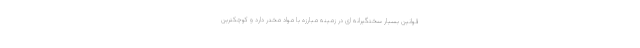
قوانین بسیار سختگیرانه ای در زمینه مبارزه با مواد مخدر دارد و کوچکترین